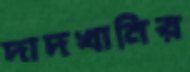
দাদখানির